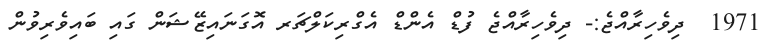
1971  ދިވެހިރާއްޖެ:- ދިވެހިރާއްޖެ ފުޑް އެންޑް އެގްރިކަލްޗަރ އޮގަނައިޒޭޝަން ގައި ބައިވެރިވުން